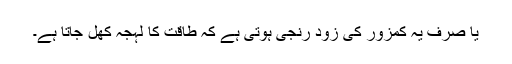
یا صرف یہ کمزور کی زود رنجی ہوتی ہے کہ طاقت کا لہجہ کھل جاتا ہے۔